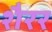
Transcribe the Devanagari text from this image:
शैरर